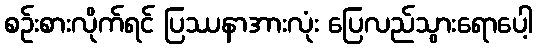
စဉ်းစားလိုက်ရင် ပြဿနာအားလုံး ပြေလည်သွားရောပေါ့